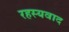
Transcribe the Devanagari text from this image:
रहस्‍यवाद